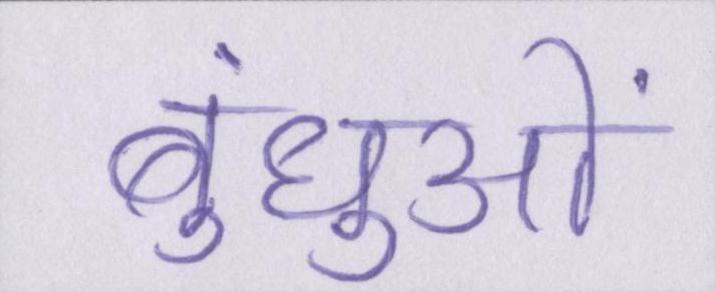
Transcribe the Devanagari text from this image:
बंधुओं